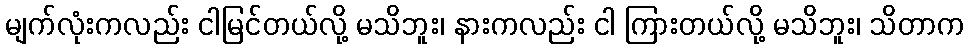
မျက်လုံးကလည်း ငါမြင်တယ်လို့ မသိဘူး၊ နားကလည်း ငါ ကြားတယ်လို့ မသိဘူး၊ သိတာက